Lunatic asylums in Bengal annual reports 1888-1898 - 1888-1898
Year: 1888
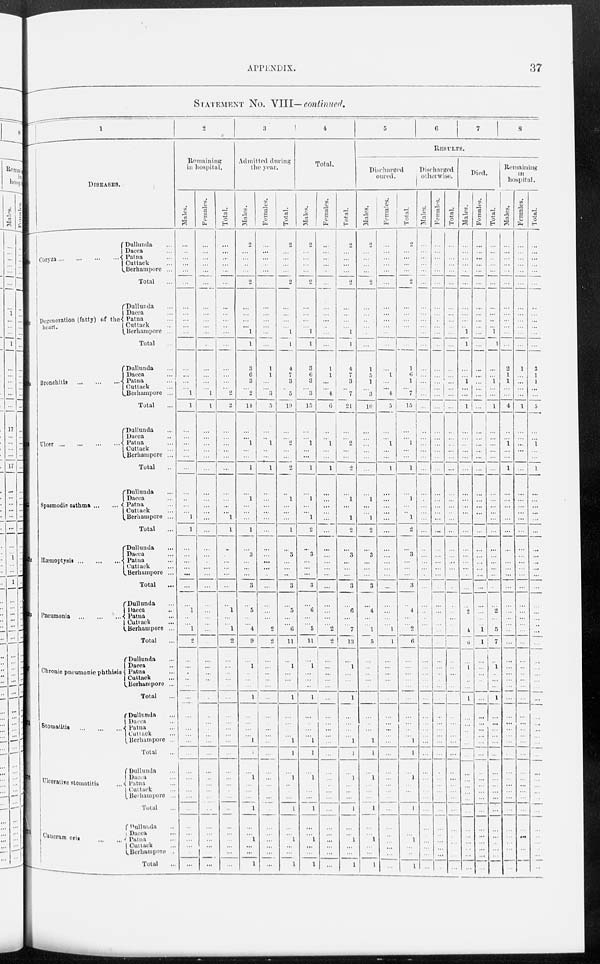
APPENDIX.
37
STATEMENT No. VIII—continued.
1
DISEASES.
1
31
75
173
Coryza
...
...
...
...
Dullunda ...
Dacca ...
Patna ...
Cuttack ...
Berhampore ...
Total ...
Degeneration (fatty) of the
heart.
Dullunda ...
Dacca ...
Patna ...
Cuttack ...
Berhampore ...
Total ...
Bronchitis
...
...
...
Dullunda ...
Dacca ...
Patna ...
Cuttack ...
Berhampore ...
Total ...
Ulcer
... ... ... ...
Dullunda ...
Dacca ...
Patna ...
Cuttack ...
Berhampore ...
Total ...
Spasmodic asthma
...
...
Dullunda ...
Dacca ...
Patna ...
Cuttack ...
Berhampore ...
Total ...
Hæmoptysis
... ... ...
Dullunda ...
Dacca ...
Patna ...
Cuttack ...
Berhampore ...
Total ...
Pneumonia
...
...
...
Dullunda ...
Dacca ...
Patna ...
Cuttack ...
Berhampore ...
Total ...
Chronic pneumonie phthisis
Dullunda ...
Dacca ...
Patna ...
Cuttack ...
Berhampore ...
Total ...
Stomatitis
...
...
...
Dullunda ...
Dacca ...
Patna ...
Cuttack ...
Berhampore ...
Total ...
Ulcerative stomatitis ...
Dullunda ...
Dacca ...
Patna ...
Cuttack ...
Berhampore ...
Total ...
Caucrum oris
Dullunda ...
Dacca ...
Patna ...
Cuttack ...
Berhampore ..
Total ...
2
Remaining
in hospital.
Males.
...
...
...
...
...
...
...
...
...
...
...
...
...
...
...
...
1
1
...
...
...
...
...
...
...
...
...
...
1
1
...
...
...
...
...
...
...
1
...
...
1
2
...
...
...
...
...
...
...
...
...
...
...
...
...
...
...
...
...
...
...
...
...
...
...
...
Females.
...
...
...
...
...
...
...
...
...
...
...
...
...
...
...
...
1
1
...
...
...
...
...
...
...
...
...
...
...
...
...
...
...
...
...
...
...
...
...
...
...
...
...
...
...
...
...
...
...
...
...
...
...
...
...
...
...
...
...
...
...
...
...
...
...
...
Total.
...
...
...
...
...
...
...
...
...
...
...
...
...
...
...
...
2
2
...
...
...
...
...
...
...
...
...
...
1
1
...
...
...
...
...
...
...
1
...
...
1
2
...
...
...
...
...
...
...
...
...
...
...
...
...
...
...
...
...
...
...
...
...
...
...
...
3
Admitted during
the year.
Males.
2
...
...
...
...
2
...
...
...
...
1
1
3
6
3
...
2
14
...
...
1
...
...
1
...
1
...
...
...
1
...
3
...
...
...
3
...
5
...
...
4
9
...
1
...
...
...
1
...
...
...
...
1
1
...
1
...
...
...
1
...
...
1
...
...
1
Females.
...
...
...
...
...
...
...
...
...
...
...
...
1
1
...
...
3
5
...
...
1
...
...
1
...
...
...
...
...
...
...
...
...
...
...
...
...
...
...
...
2
2
...
...
...
...
...
...
...
...
...
...
...
...
...
...
...
...
...
...
...
...
...
...
...
...
Total.
2
...
...
...
...
2
...
...
...
...
1
1
4
7
3
...
5
19
...
...
2
...
...
2
...
1
...
...
...
1
...
3
...
...
...
3
...
5
...
...
6
11
...
1
...
...
...
1
...
...
...
...
1
1
...
1
...
...
...
1
...
...
1
...
...
1
4
Total.
Males.
2
...
...
...
...
2
...
...
...
...
1
1
3
6
3
...
3
15
...
...
1
...
...
1
...
1
...
...
1
2
...
3
...
...
...
3
...
6
...
...
5
11
...
1
...
...
...
1
...
...
...
...
1
1
...
1
...
...
...
1
...
... 1
...
...
1
Females.
...
...
...
...
...
...
...
...
...
...
...
...
1
1
...
...
4
6
...
...
1
...
...
1
...
...
...
...
...
...
...
...
...
...
...
...
...
...
...
...
2
2
...
...
...
...
...
...
...
...
...
...
...
...
...
...
...
...
...
...
...
...
...
...
...
...
Total.
2
...
...
...
...
2
...
...
...
...
1
1
4
7
3
...
7
21
...
...
2
...
...
2
...
1
...
...
1
2
...
3
...
...
...
3
...
6
...
...
7
13
...
1
...
...
...
1
...
...
...
...
1
1
...
1
...
...
...
1
...
... 1
...
...
1
5
6
7
8
RESULTS.
Discharged
oured.
Males.
2
...
...
...
...
2
...
...
...
...
...
...
1
5
1
...
3
10
...
...
...
...
...
...
...
1
...
...
1
2
...
3
...
...
...
3
...
4
...
...
1
5
...
...
...
...
...
...
...
...
...
...
1
1
...
1
...
...
...
1
...
...
1
...
...
1
Females.
...
...
...
...
...
...
...
...
...
...
...
...
...
1
...
...
4
5
...
...
1
...
...
1
...
...
...
...
...
...
...
...
...
...
...
...
...
...
...
...
1
1
...
...
...
...
...
...
...
...
...
...
...
...
...
...
...
...
...
...
...
...
...
...
...
...
Total.
2
...
...
...
...
2
...
...
...
...
...
...
1
6
1
...
7
15
...
...
1
...
...
1
...
1
...
...
1
2
...
3
...
...
...
3
...
4
...
...
2
6
...
...
...
...
...
...
...
...
...
...
1
1
...
1
...
...
...
1
...
...
1
...
...
1
Discharged
otherwise.
Males.
...
...
...
...
...
...
...
...
...
...
...
...
...
...
...
...
...
...
...
...
...
...
...
...
...
...
...
...
...
...
...
...
...
...
...
...
...
...
...
...
...
...
...
...
...
...
...
...
...
...
...
...
...
...
...
...
...
...
...
...
...
...
...
...
...
...
Females.
...
...
...
...
...
...
...
...
...
...
...
...
...
...
...
...
...
...
...
...
...
...
...
...
...
...
...
...
...
...
...
...
...
...
...
...
...
...
...
...
...
...
...
...
...
...
...
...
...
...
...
...
...
...
...
...
...
...
...
...
...
...
...
...
...
...
Total.
...
...
...
...
...
...
...
...
...
...
...
...
...
...
...
...
...
...
...
...
...
...
...
...
...
...
...
...
...
...
...
...
...
...
...
...
...
...
...
...
...
...
...
...
...
...
...
...
...
...
...
...
...
...
...
...
...
...
...
...
...
...
...
...
...
...
Died.
Males.
...
...
...
...
...
...
...
...
...
...
1
1
...
...
1
...
...
1
...
...
...
...
...
...
...
...
...
...
...
...
...
...
...
...
...
...
...
2
...
...
4
6
...
1
...
...
...
1
...
...
...
...
...
...
...
...
...
...
...
...
...
...
...
...
...
...
Females.
...
...
...
...
...
...
...
...
...
...
...
...
...
...
...
...
...
...
...
...
...
...
...
...
...
...
...
...
...
...
...
...
...
...
...
...
...
...
...
...
1
1
...
...
...
...
...
...
...
...
...
...
...
...
...
...
...
...
...
...
...
...
...
...
...
...
Total.
...
...
...
...
...
...
...
...
...
...
1
1
...
...
1
...
...
1
...
...
...
...
...
...
...
...
...
...
...
...
...
...
...
...
...
...
...
2
...
...
5
7
...
1
...
...
...
1
...
...
...
...
...
...
...
...
...
...
...
...
...
...
...
...
...
...
Remaining
in
hospital.
Males.
...
...
...
...
...
...
...
...
...
...
...
...
2
1
1
...
...
4
...
...
1
...
...
1
...
...
...
...
...
...
...
...
...
...
...
...
...
...
...
...
...
...
...
...
...
...
...
...
...
...
...
...
...
...
...
...
...
...
...
...
...
...
...
...
...
...
Females.
...
...
...
...
...
...
...
...
...
...
...
...
1
...
...
...
...
1
...
...
...
...
...
...
...
...
...
...
...
...
...
...
...
...
...
...
...
...
...
...
...
...
...
...
...
...
...
...
...
...
...
...
...
...
...
...
...
...
...
...
...
...
...
...
...
...
Total.
...
...
...
...
...
...
...
...
...
...
...
...
3
1
1
...
...
5
...
...
1
...
...
1
...
...
...
...
...
...
...
...
...
...
...
...
...
...
...
...
...
...
...
...
...
...
...
...
...
...
...
...
...
...
...
...
...
...
...
...
...
...
...
...
...
...